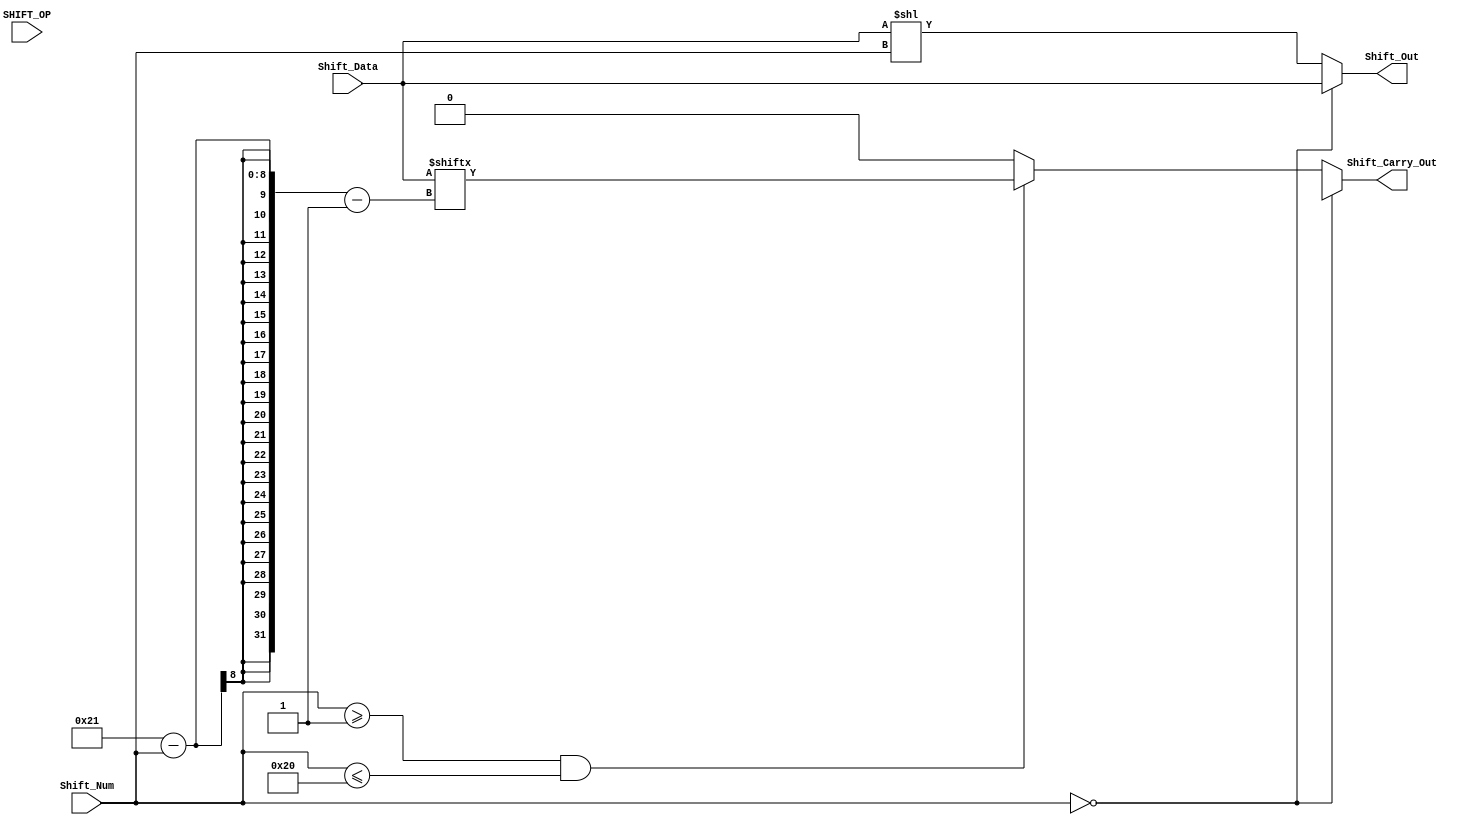
module logical_shift_left(SHIFT_OP, Shift_Data, Shift_Num, Shift_Out,
Shift_Carry_Out);//
    input [3:1] SHIFT_OP;
    input [32:1] Shift_Data;
    input [8:1] Shift_Num;
    output reg [32:1] Shift_Out;
    output reg Shift_Carry_Out;
    always@(*)
    begin
        if(Shift_Num == 0)
            begin
                Shift_Out = Shift_Data;
                Shift_Carry_Out = 1'bx;//
            end
        else if(Shift_Num >= 1 && Shift_Num <= 32)
            begin
                Shift_Out <= (Shift_Data << Shift_Num[8:1]);
                Shift_Carry_Out = Shift_Data[33-Shift_Num];
            end
        else
            begin
                Shift_Out <= (Shift_Data << Shift_Num[8:1]);
                Shift_Carry_Out = 0;
            end
    end
endmodule